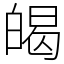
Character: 㿣